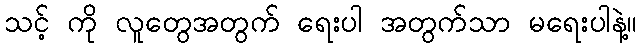
သင့် ကို လူတွေအတွက် ရေးပါ အတွက်သာ မရေးပါနဲ့။